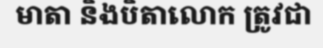
មាតា និងបិតាលោក ត្រូវជា